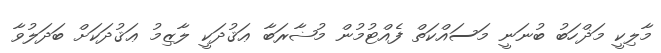
މާލިކީ މަޛްހަބު ބުނަނީ މަސައްކަތް ފެއްޓުމުން މުޟާރަބާ ޢަޤުދަކީ ލާޒިމު ޢަޤުދަކަށް ބަދަލުވާ